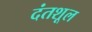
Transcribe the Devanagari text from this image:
दंतशूल